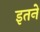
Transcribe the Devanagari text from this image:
इतने